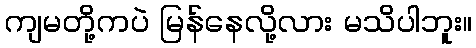
ကျမတို့ကပဲ မြန်နေလို့လား မသိပါဘူး။